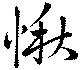
愀